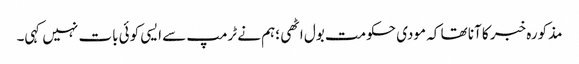
مذکورہ خبر کا آنا تھا کہ مودی حکومت بول اٹھی ؛ہم نے ٹرمپ سے ایسی کوئی بات نہیں کہی۔